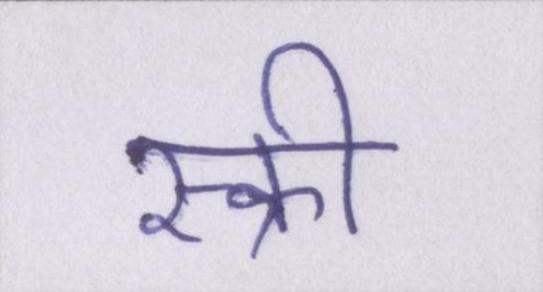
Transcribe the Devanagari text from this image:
स्क्री